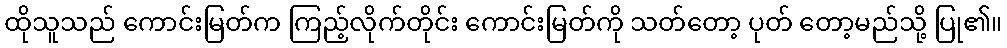
ထိုသူသည် ကောင်းမြတ်က ကြည့်လိုက်တိုင်း ကောင်းမြတ်ကို သတ်တော့ ပုတ် တော့မည်သို့ ပြု၏။